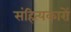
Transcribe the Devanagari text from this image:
संहित्यकारों